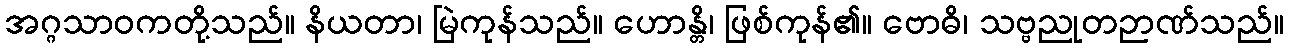
အဂ္ဂသာဝကတို့သည်။ နိယတာ၊ မြဲကုန်သည်။ ဟောန္တိ၊ ဖြစ်ကုန်၏။ ဗောဓိ၊ သဗ္ဗညုတဉာဏ်သည်။